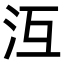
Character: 沍